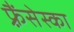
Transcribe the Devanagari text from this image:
फ़्रैंसेस्का